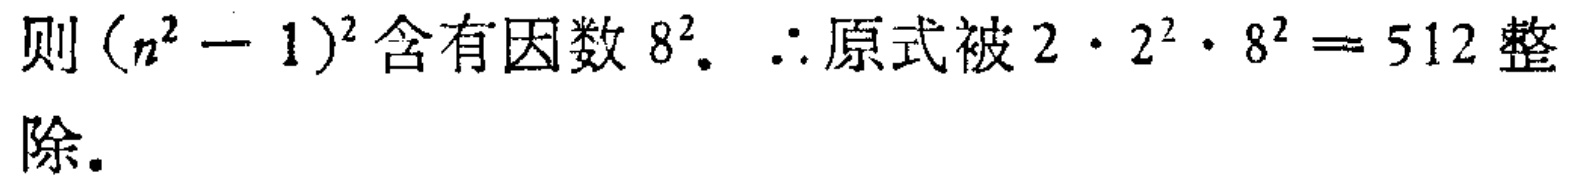
则\((n^{2}-1)^{2}\)含有因数\(8^{2}\)。\(\therefore\)原式被\(2\cdot 2^{2}\cdot 8^{2}=512\)整除。